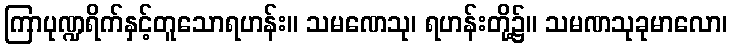
ကြာပုဏ္ဍရိက်နှင့်တူသောရဟန်း။ သမဏေသု၊ ရဟန်းတို့၌။ သမဏသုခုမာလော၊